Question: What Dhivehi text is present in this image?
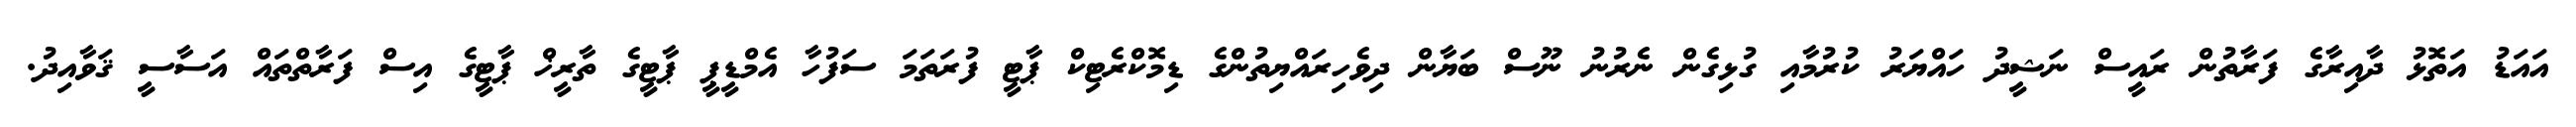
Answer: އައަޑު އަތޮޅު ދާއިރާގެ ފަރާތުން ރައީސް ނަޝީދު ހައްޔަރު ކުރުމާއި ގުޅިގެން ނެރުނު ނޫސް ބަޔާން ދިވެހިރައްޔިތުންގެ ޑިމޮކްރެޓިކް ޕާޓީ ފުރަތަމަ ސަފުހާ އެމްޑީޕީ ޕާޓީގެ ތާރީޚް ޕާޓީގެ އިސް ފަރާތްތައް އަސާސީ ޤަވާއިދު.